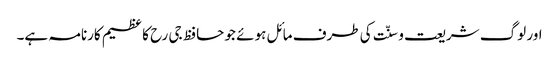
اور لوگ شریعت و سنّت کی طرف مائل ہوئے جو حافظ جی رح کا عظیم کارنامہ ہے۔